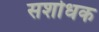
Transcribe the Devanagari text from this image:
सशोधक